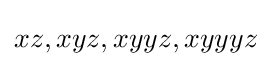
xz,xyz,xyyz,xyyyz